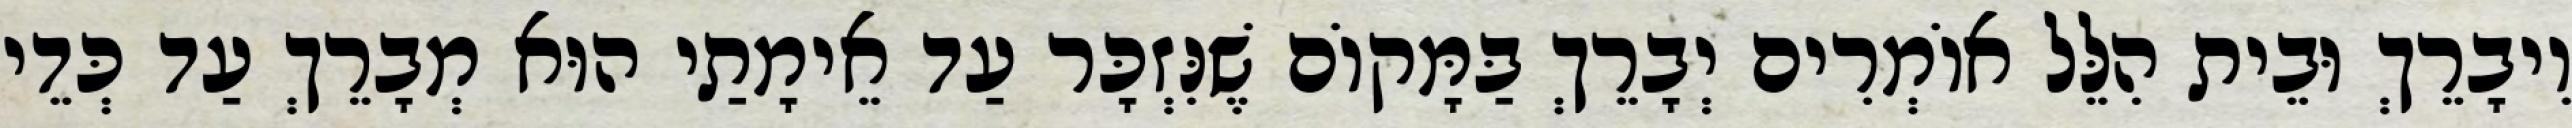
וִיבָרֵךְ וּבֵית הִלֵּל אוֹמְרִים יְבָרֵךְ בַּמָּקוֹם שֶׁנִּזְכָּר עַד אֵימָתַי הוּא מְבָרֵךְ עַד כְּדֵי